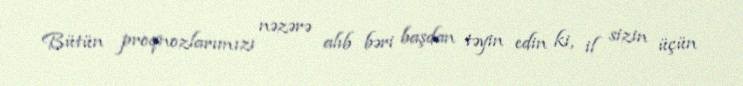
Bütün proqnozlarımızı nəzərə alıb bəri başdan təyin edin ki, il sizin üçün